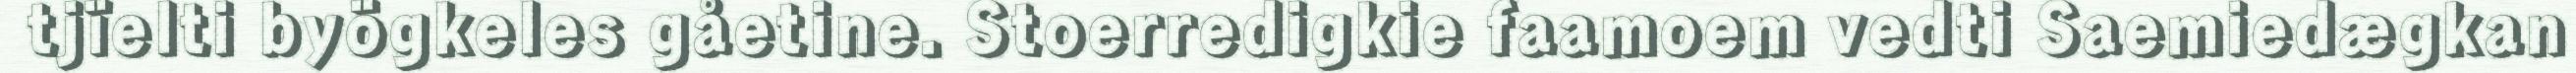
tjïelti byögkeles gåetine. Stoerredigkie faamoem vedti Saemiedægkan